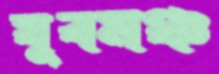
যুবমঞ্চ